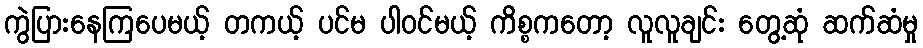
ကွဲပြားနေကြပေမယ့် တကယ့် ပင်မ ပါဝင်မယ့် ကိစ္စကတော့ လူလူချင်း တွေ့ဆုံ ဆက်ဆံမှု